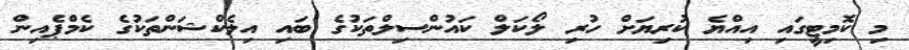
މި ކޮމިޓީގައި އިއްޔެ ކުރިޔަށް ހުރި ލޯކަލް ކައުންސިލްތަކުގެ ބައި އިލެކްޝަންތަކުގެ ކެމްޕެއިން